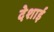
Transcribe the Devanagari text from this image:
देशाई